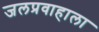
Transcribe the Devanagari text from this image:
जलप्रवाहाला